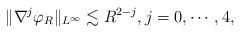
LaTeX: \begin{align*}\|\nabla^j \varphi_R\|_{L^\infty} \lesssim R^{2-j}, j=0,\cdots, 4,\end{align*}